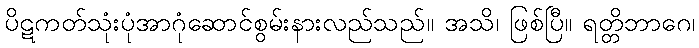
ပိဋကတ်သုံးပုံအာဂုံဆောင်စွမ်းနားလည်သည်။ အသိ၊ ဖြစ်ပြီ။ ရတ္တိဘာဂေ၊